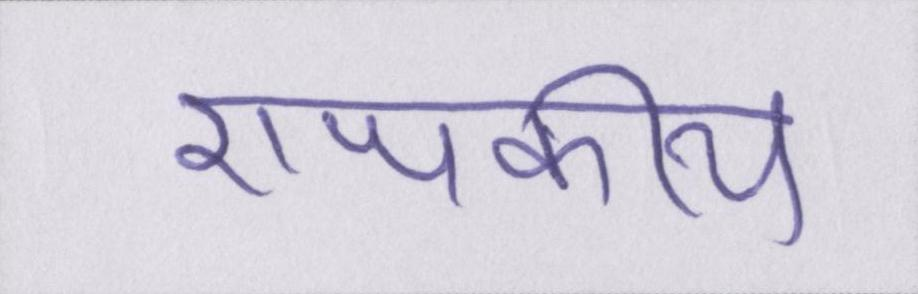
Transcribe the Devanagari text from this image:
राजकीय